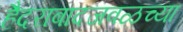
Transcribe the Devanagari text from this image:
हैदराबादजवळच्या